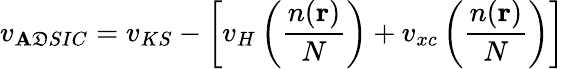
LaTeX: v_{\mathbf{A}\mathfrak{D}SIC}=v_{KS}-\left[v_{H}\left(\frac{{n(\textbf{{r}})}}{{N}}\right)+v_{xc}\left(\frac{{n(\textbf{{r}})}}{{N}}\right)\right]